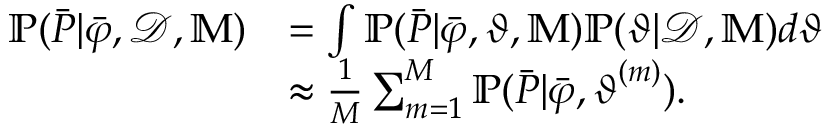
\begin{array} { r l } { \mathbb { P } ( \boldsymbol { \bar { P } } | \boldsymbol { \bar { \varphi } } , \mathcal { D } , \mathbb { M } ) } & { = \int \mathbb { P } ( \boldsymbol { \bar { P } } | \boldsymbol { \bar { \varphi } } , \boldsymbol { \vartheta } , \mathbb { M } ) \mathbb { P } ( \boldsymbol { \vartheta } | \mathcal { D } , \mathbb { M } ) d \boldsymbol { \vartheta } } \\ & { \approx \frac { 1 } { M } \sum _ { m = 1 } ^ { M } \mathbb { P } ( \boldsymbol { \bar { P } } | \boldsymbol { \bar { \varphi } } , \boldsymbol { \vartheta } ^ { ( m ) } ) . } \end{array}